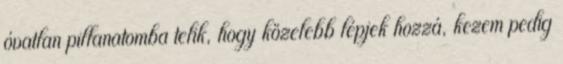
óvatlan pillanatomba telik, hogy közelebb lépjek hozzá, kezem pedig